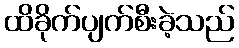
ထိခိုက်ပျက်စီးခဲ့သည်